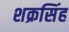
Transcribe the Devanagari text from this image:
शक्रसिंह